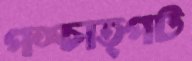
পশ্চাত্পট